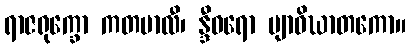
ရာဇရုက္ခော ကတမာလီ၊ န္ဒီဝရော ဗျာဓိဃာတကော။